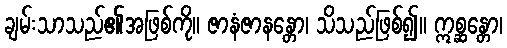
ချမ်းသာသည်၏အဖြစ်ကို။ ဇာနံဇာနန္တော၊ သိသည်ဖြစ်၍။ ဣစ္ဆန္တော၊